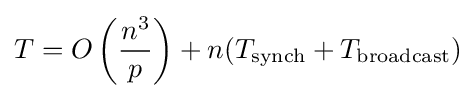
T=O\left({\frac {n^{3}}{p}}\right)+n(T_{\text{synch}}+T_{\text{broadcast}})